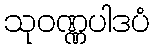
သုဝဏ္ဏပါဒပံ